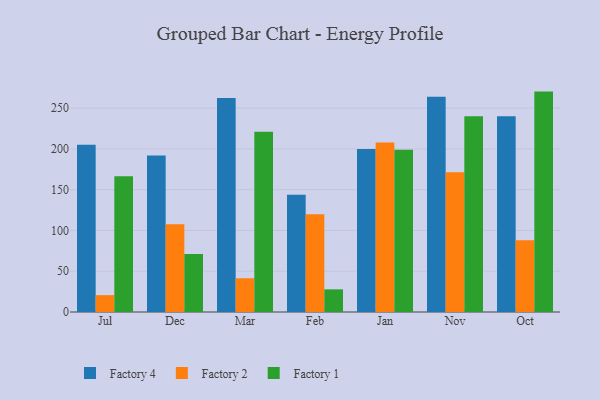
{"axis": {"x": "Month", "y": "Conversion Rate (%)"}, "legend": ["Factory 1", "Factory 2", "Factory 4"], "data": [{"x": "Jul", "y": 205.2, "type": "Factory 4"}, {"x": "Jul", "y": 20.7, "type": "Factory 2"}, {"x": "Jul", "y": 166.6, "type": "Factory 1"}, {"x": "Dec", "y": 191.8, "type": "Factory 4"}, {"x": "Dec", "y": 107.5, "type": "Factory 2"}, {"x": "Dec", "y": 71.1, "type": "Factory 1"}, {"x": "Mar", "y": 262.3, "type": "Factory 4"}, {"x": "Mar", "y": 41.4, "type": "Factory 2"}, {"x": "Mar", "y": 221.1, "type": "Factory 1"}, {"x": "Feb", "y": 143.9, "type": "Factory 4"}, {"x": "Feb", "y": 119.9, "type": "Factory 2"}, {"x": "Feb", "y": 27.8, "type": "Factory 1"}, {"x": "Jan", "y": 200.0, "type": "Factory 4"}, {"x": "Jan", "y": 207.9, "type": "Factory 2"}, {"x": "Jan", "y": 199.1, "type": "Factory 1"}, {"x": "Nov", "y": 264.1, "type": "Factory 4"}, {"x": "Nov", "y": 171.5, "type": "Factory 2"}, {"x": "Nov", "y": 240.1, "type": "Factory 1"}, {"x": "Oct", "y": 240.2, "type": "Factory 4"}, {"x": "Oct", "y": 88.1, "type": "Factory 2"}, {"x": "Oct", "y": 270.3, "type": "Factory 1"}]}